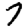
Digit: 7